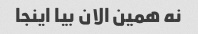
نه همین الان بیا اینجا